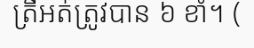
ត្រីអត់ត្រូវបាន ៦ ខាំ។ (